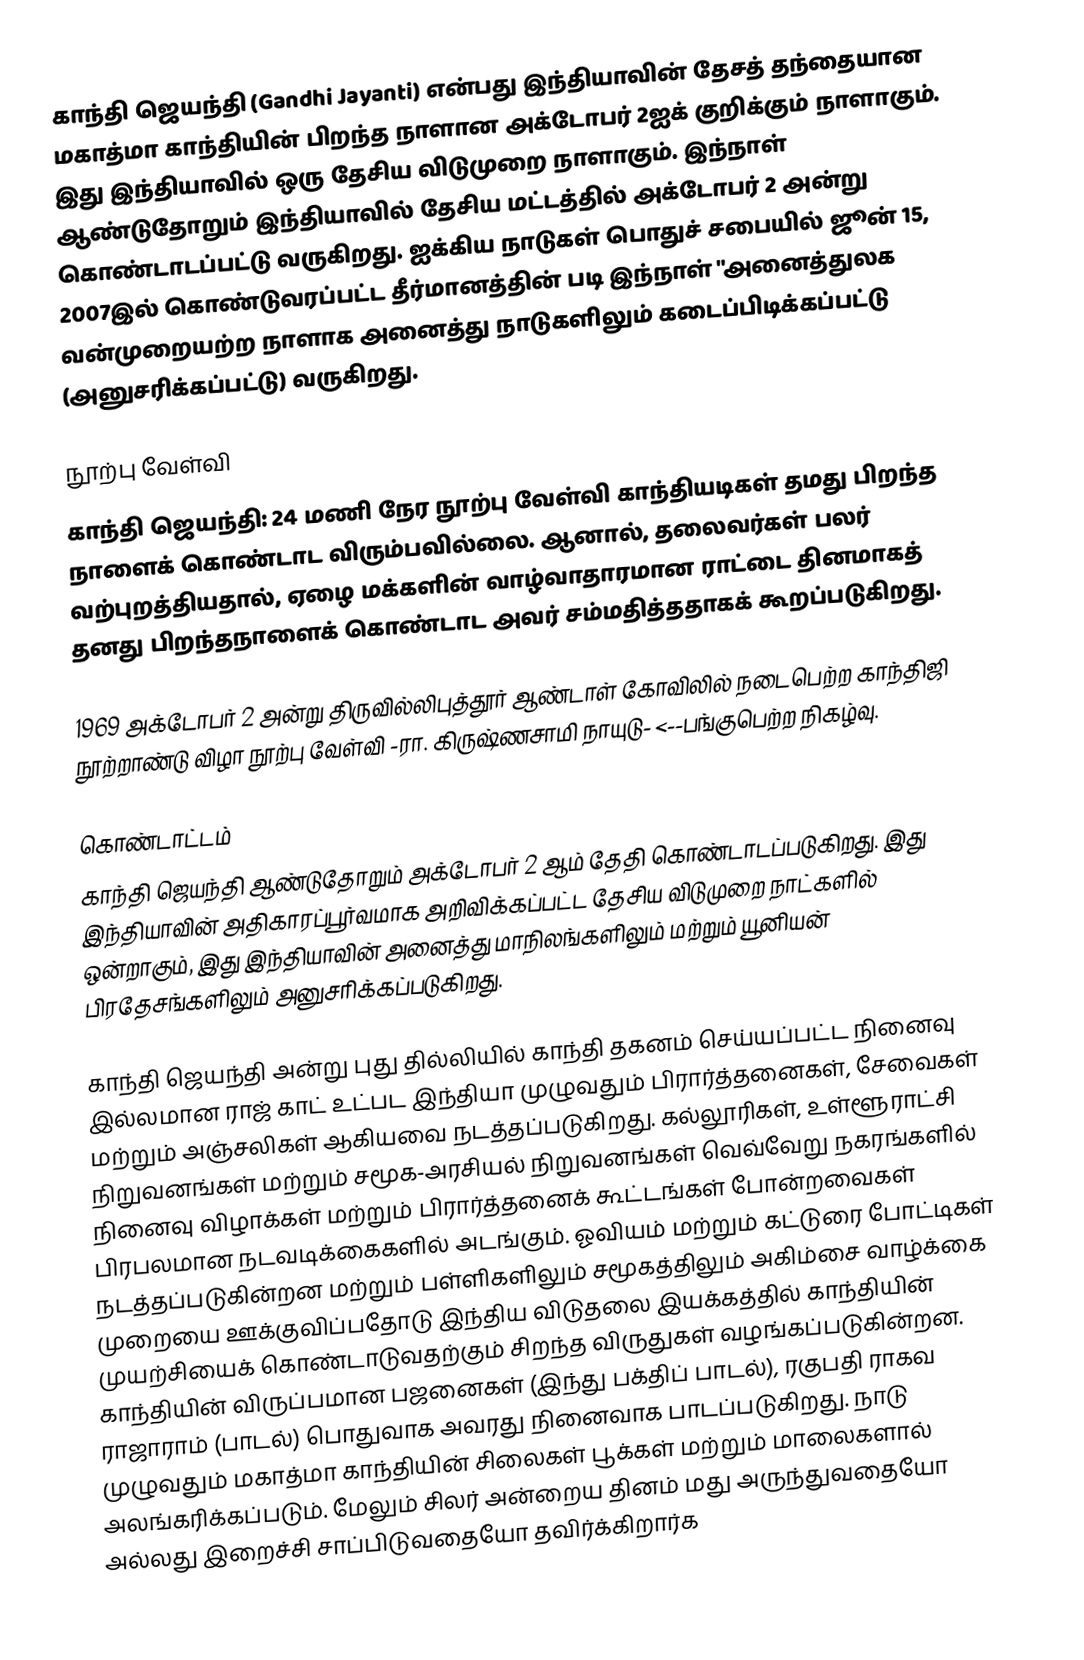
காந்தி ஜெயந்தி (Gandhi Jayanti) என்பது இந்தியாவின் தேசத் தந்தையான மகாத்மா காந்தியின் பிறந்த நாளான அக்டோபர் 2ஐக் குறிக்கும் நாளாகும். இது இந்தியாவில் ஒரு தேசிய விடுமுறை நாளாகும். இந்நாள் ஆண்டுதோறும் இந்தியாவில் தேசிய மட்டத்தில் அக்டோபர் 2 அன்று கொண்டாடப்பட்டு வருகிறது. ஐக்கிய நாடுகள் பொதுச் சபையில் ஜூன் 15, 2007இல் கொண்டுவரப்பட்ட தீர்மானத்தின் படி இந்நாள் "அனைத்துலக வன்முறையற்ற நாளாக அனைத்து நாடுகளிலும் கடைப்பிடிக்கப்பட்டு (அனுசரிக்கப்பட்டு) வருகிறது.

நூற்பு வேள்வி
காந்தி ஜெயந்தி: 24 மணி நேர நூற்பு வேள்வி காந்தியடிகள் தமது பிறந்த நாளைக் கொண்டாட விரும்பவில்லை. ஆனால், தலைவர்கள் பலர் வற்புறத்தியதால், ஏழை மக்களின் வாழ்வாதாரமான ராட்டை தினமாகத் தனது பிறந்தநாளைக் கொண்டாட அவர் சம்மதித்ததாகக் கூறப்படுகிறது.

1969 அக்டோபர் 2 அன்று திருவில்லிபுத்தூர் ஆண்டாள் கோவிலில் நடைபெற்ற காந்திஜி நூற்றாண்டு விழா நூற்பு வேள்வி -ரா. கிருஷ்ணசாமி நாயுடு-  <--பங்குபெற்ற நிகழ்வு.

கொண்டாட்டம்
காந்தி ஜெயந்தி ஆண்டுதோறும் அக்டோபர் 2 ஆம் தேதி கொண்டாடப்படுகிறது. இது இந்தியாவின் அதிகாரப்பூர்வமாக அறிவிக்கப்பட்ட தேசிய விடுமுறை நாட்களில் ஒன்றாகும், இது இந்தியாவின் அனைத்து மாநிலங்களிலும் மற்றும் யூனியன் பிரதேசங்களிலும் அனுசரிக்கப்படுகிறது.

காந்தி ஜெயந்தி அன்று புது தில்லியில் காந்தி தகனம் செய்யப்பட்ட நினைவு இல்லமான ராஜ் காட் உட்பட இந்தியா முழுவதும் பிரார்த்தனைகள், சேவைகள் மற்றும் அஞ்சலிகள் ஆகியவை நடத்தப்படுகிறது. கல்லூரிகள், உள்ளூராட்சி நிறுவனங்கள் மற்றும் சமூக-அரசியல் நிறுவனங்கள் வெவ்வேறு நகரங்களில் நினைவு விழாக்கள் மற்றும் பிரார்த்தனைக் கூட்டங்கள் போன்றவைகள் பிரபலமான நடவடிக்கைகளில் அடங்கும். ஓவியம் மற்றும் கட்டுரை போட்டிகள் நடத்தப்படுகின்றன மற்றும் பள்ளிகளிலும் சமூகத்திலும் அகிம்சை வாழ்க்கை முறையை ஊக்குவிப்பதோடு இந்திய விடுதலை இயக்கத்தில் காந்தியின் முயற்சியைக் கொண்டாடுவதற்கும் சிறந்த விருதுகள் வழங்கப்படுகின்றன. காந்தியின் விருப்பமான பஜனைகள் (இந்து பக்திப் பாடல்), ரகுபதி ராகவ ராஜாராம் (பாடல்) பொதுவாக அவரது நினைவாக பாடப்படுகிறது.  நாடு முழுவதும் மகாத்மா காந்தியின் சிலைகள் பூக்கள் மற்றும் மாலைகளால் அலங்கரிக்கப்படும். மேலும் சிலர் அன்றைய தினம் மது அருந்துவதையோ அல்லது இறைச்சி சாப்பிடுவதையோ தவிர்க்கிறார்க